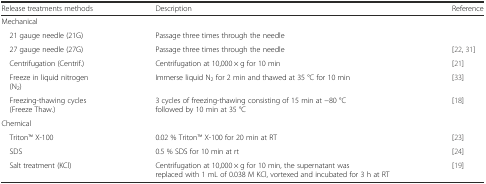
<table><thead><tr><td><b>Release treatments methods</b></td><td><b>Description</b></td><td><b>Reference</b></td></tr></thead><tbody><tr><td>Mechanical</td><td></td><td></td></tr><tr><td> 21 gauge needle (21G)</td><td>Passage three times through the needle</td><td></td></tr><tr><td> 27 gauge needle (27G)</td><td>Passage three times through the needle</td><td>[22, 31]</td></tr><tr><td> Centrifugation (Centrif.)</td><td>Centrifugation at 10,000 × g for 10 min</td><td>[21]</td></tr><tr><td> Freeze in liquid nitrogen (N<sub>2</sub>)</td><td>Immerse liquid N<sub>2</sub> for 2 min and thawed at 35 °C for 10 min</td><td>[33]</td></tr><tr><td> Freezing-thawing cycles (Freeze Thaw.)</td><td>3 cycles of freezing-thawing consisting of 15 min at −80 °C followed by 10 min at 35 °C</td><td>[18]</td></tr><tr><td>Chemical</td><td></td><td></td></tr><tr><td> TritonTM X-100</td><td>0.02 % TritonTM X-100 for 20 min at RT</td><td>[23]</td></tr><tr><td> SDS</td><td>0.5 % SDS for 10 min at rt</td><td>[24]</td></tr><tr><td> Salt treatment (KCl)</td><td>Centrifugation at 10,000 × g for 10 min, the supernatant was replaced with 1 mL of 0.038 M KCl, vortexed and incubated for 3 h at RT</td><td>[19]</td></tr></tbody></table>